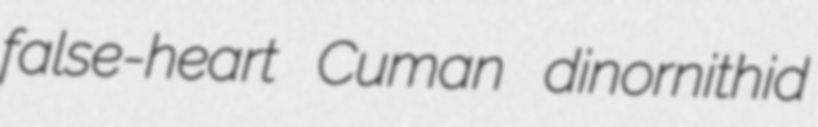
false-heart Cuman dinornithid